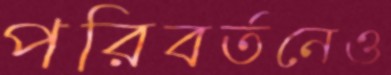
পরিবর্তনেও